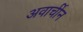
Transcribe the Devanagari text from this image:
अवार्चीन